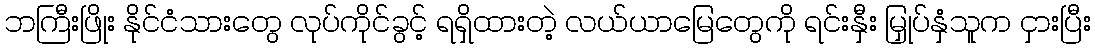
ဘကြီးဖြိုး နိုင်ငံသားတွေ လုပ်ကိုင်ခွင့် ရရှိထားတဲ့ လယ်ယာမြေတွေကို ရင်းနှီး မြှုပ်နှံသူက ငှားပြီး